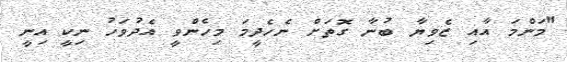
"މަންމަ އާއި ޒެވިޔާ ބުނާ ގޮތަށް ނެހެދީމަ މިހެންވީ އެދުވަހު ނިކީ އިނީ